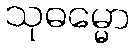
သုဓမ္မော